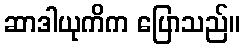
ဆာဒါယုကိက ပြောသည်။